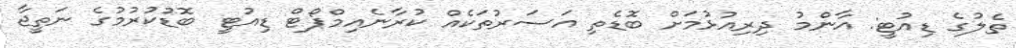
ތެލުގެ ޑިއުޓީ: އާންމު ދިރިއުޅުމަށް ބޮޑެތި އަސަރުތަކެއް ކުރާނެއިމްޕޯޓް ޑިއުޓީ ބޮޑުކުރުމުގެ ނަތީޖާ